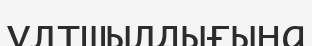
ұлтшылдығына